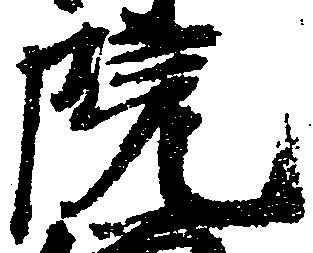
院